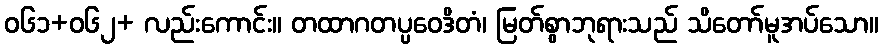
ဝ၆၁+၀၆၂+ လည်းကောင်း။ တထာဂတပ္ပဝေဒိတံ၊ မြတ်စွာဘုရားသည် သိတော်မူအပ်သော။